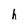
Character: h